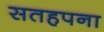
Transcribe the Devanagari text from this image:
सतहपना